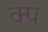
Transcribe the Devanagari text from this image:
क्प